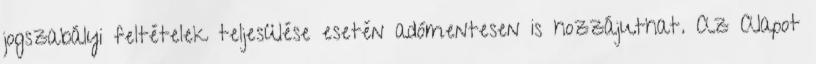
jogszabályi feltételek teljesülése esetén adómentesen is hozzájuthat. Az Alapot